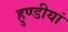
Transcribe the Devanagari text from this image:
हुण्डीयां